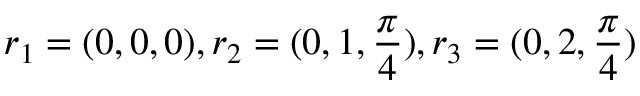
r _ { 1 } = ( 0 , 0 , 0 ) , r _ { 2 } = ( 0 , 1 , \frac { \pi } { 4 } ) , r _ { 3 } = ( 0 , 2 , \frac { \pi } { 4 } )